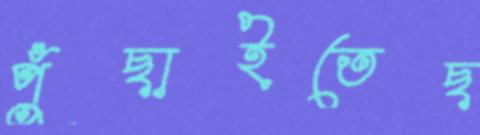
পুঁছাইতেছ